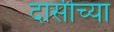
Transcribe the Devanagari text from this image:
दासीच्या